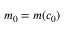
m _ { 0 } = m ( c _ { 0 } )